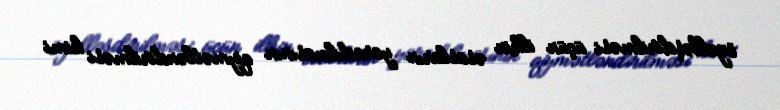
özəlləşdirilməsi üçün ilkin əsasların yaradılmasının qiymətləndirilməsi kimi